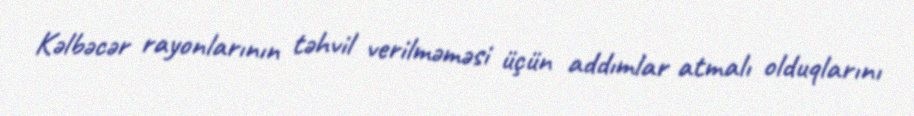
Kəlbəcər rayonlarının təhvil verilməməsi üçün addımlar atmalı olduqlarını